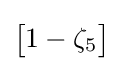
\left[{\begin{matrix}1-\zeta _{5}\end{matrix}}\right]